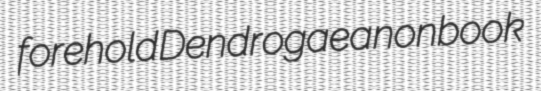
forehold Dendrogaea nonbook